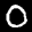
Label: 0